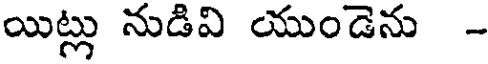
యిట్లు నుడివి యుండెను -